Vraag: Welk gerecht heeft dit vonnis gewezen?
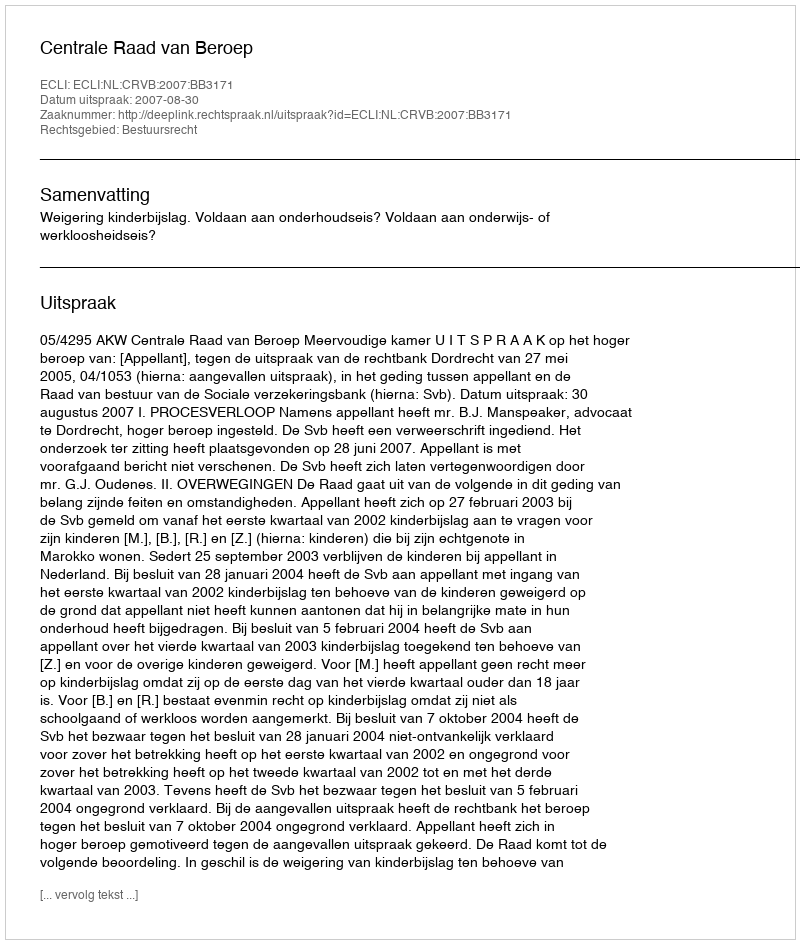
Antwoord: Centrale Raad van Beroep